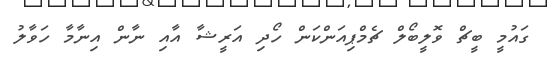
ގައުމީ ބީޗް ވޮލީބޯލް ޗެމްޕިއަންކަން ހޯދި އަރީޝާ އާއި ނާން އިނާމާ ހަވާލު